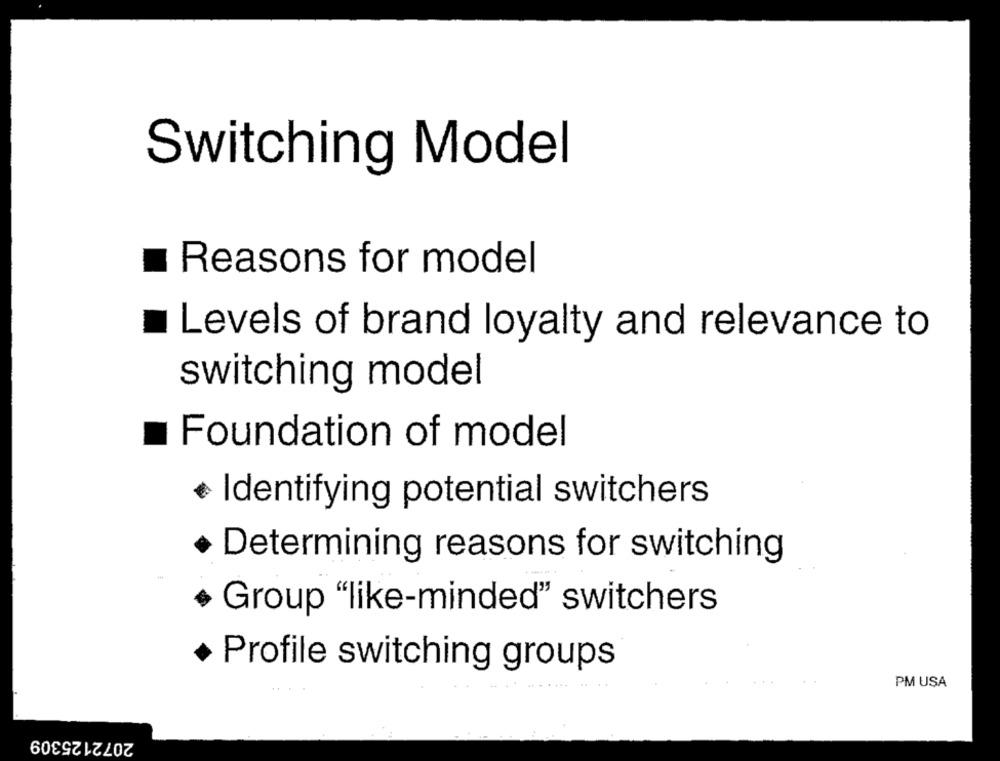
Switching Model
Reasons for model
Levels of brand loyalty and relevance to
switching model
Foundation of model
Identifying potential switchers
Determining reasons for switching
Group "like-minded" switchers
+ Profile switching groups
PM USA
2072125309